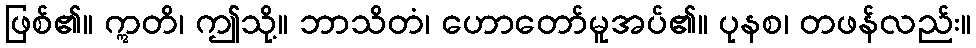
ဖြစ်၏။ ဣတိ၊ ဤသို့။ ဘာသိတံ၊ ဟောတော်မူအပ်၏။ ပုနစ၊ တဖန်လည်း။